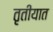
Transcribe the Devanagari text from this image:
तृतीयात